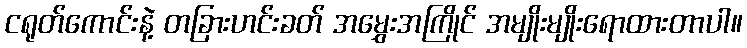
ငရုတ်ကောင်းနဲ့ တခြားဟင်းခတ် အမွှေးအကြိုင် အမျိုးမျိုးရောထားတာပါ။